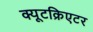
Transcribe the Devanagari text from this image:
क्यूटक्रिएटर